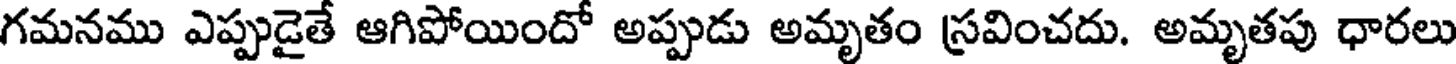
గమనము ఎప్పుడైతే ఆగిపోయిందో అప్పుడు అమృతం స్రవించదు. అమృతపు ధారలు